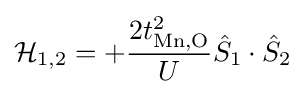
{\mathcal {H}}_{1,2}=+{\frac {2t_{\text{Mn,O}}^{2}}{U}}{\hat {S}}_{1}\cdot {\hat {S}}_{2}